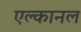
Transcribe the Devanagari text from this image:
एल्कानल